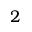
2